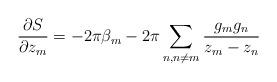
LaTeX: \begin{align*}\frac{\partial S}{\partial z_m} = -2\pi \beta_m - 2\pi\sum_{n,n\neq m} \frac{g_m g_n}{z_m-z_n}\end{align*}